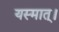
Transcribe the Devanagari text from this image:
यस्मात्।